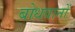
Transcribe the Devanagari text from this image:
बोधवानों